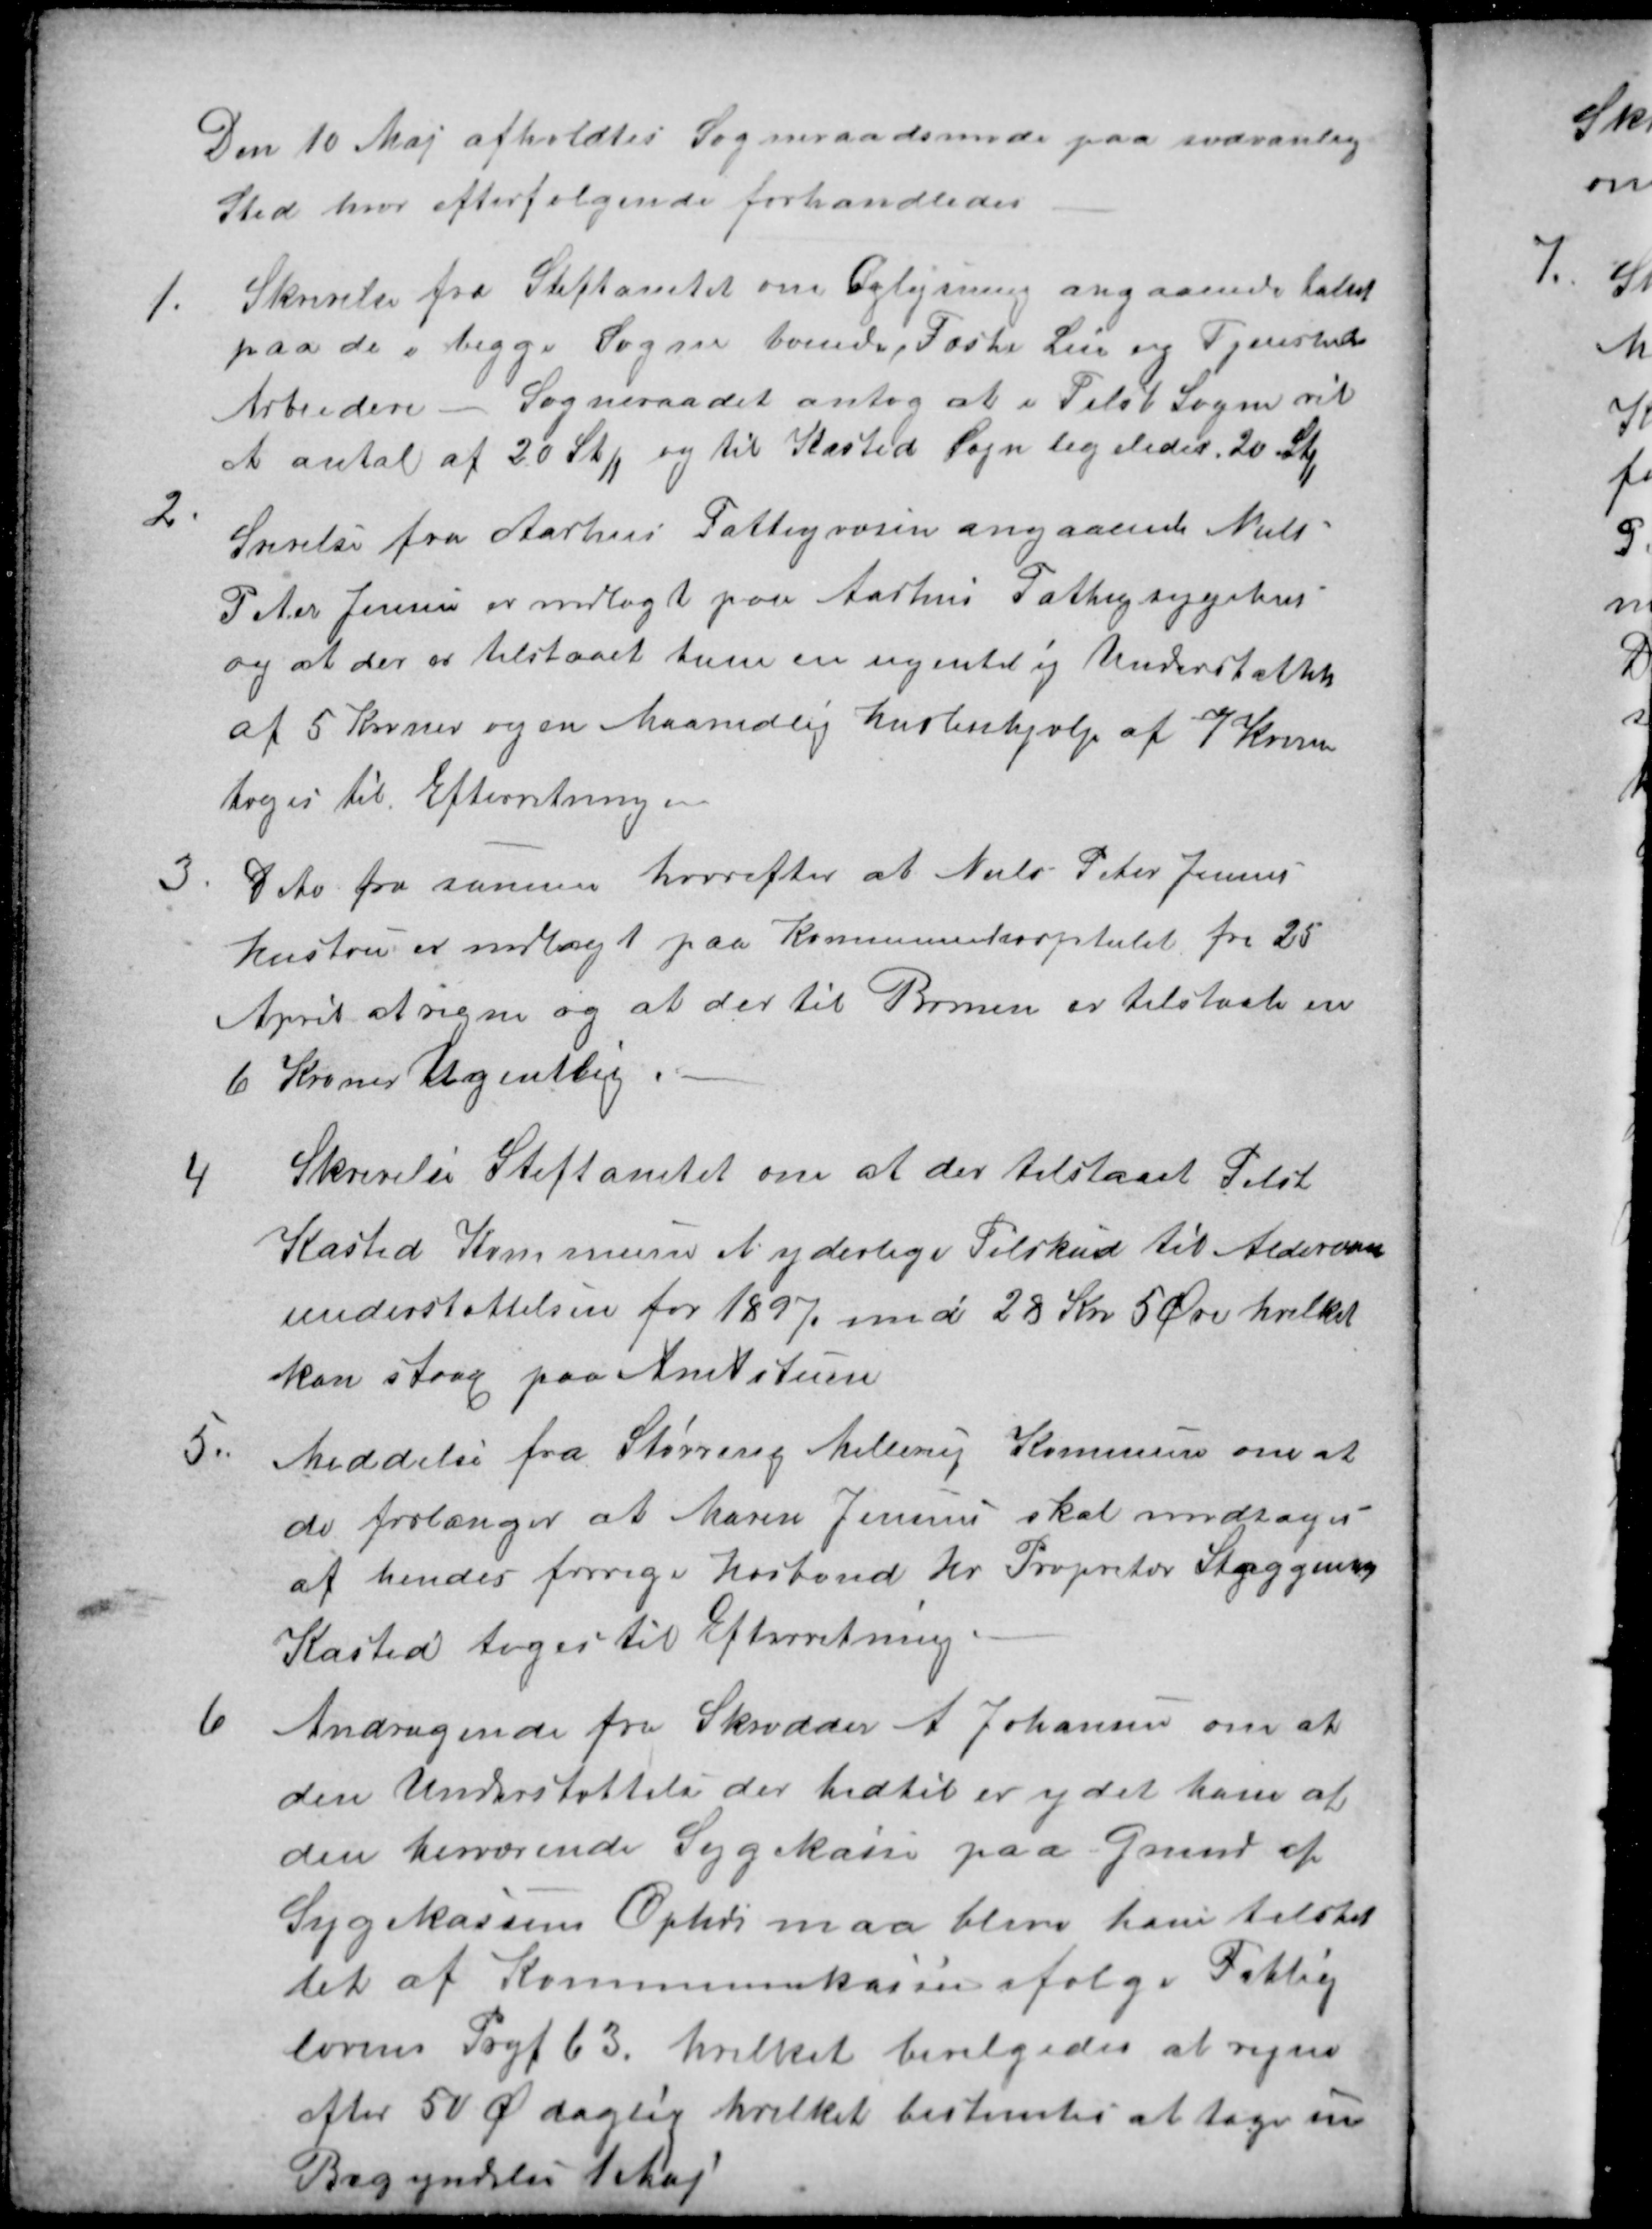
Transskription:
Den 10 Maj afholdtes Sogneraadsmøde paa sædvanlig
Sted hvor efterfølgende forhandledes
1.
Skrivelse fra Stiftamtet om Oplysning angaaende tallet
paa de i begge Sogne boende, Faste Leie og Tjenende
Arbeidere - Sogneraadet antog at i Tilst Sogn vil
et antal af 20 Stk og til Kasted Sogn ligeledes 20 Stk
2
Srivelse fra Aarhus Fattigvæsen angaaende Niels
Peter Jensen er indlagt paa Aarhus Fattigsygehus
og at der er tilstaaet ham en ugentlig Understøttelse
af 5 Kroner og en Maanedlig Husleiehjælp af 7 Kroner
toges til Efterretning.
3.
Dito fra samme hvorefter at Niels Peter Jensens
Hustru er indlagt paa Kommunekorpitalet fra 25
April at regne og at der til Børnen er tilstaaes en
6 Kroner Ugentlig
4
Skrivelse Stiftamtet om at der tilstaaet Tilst
Kasted Kommune et yderlige Tilskud til Aldersun
understøttelsen for 1897 med 28 Kr 5 Øre hvilket
kan staag paa Amtstuen
5.
Meddelse fra Støvring Mellerup Kommune om at
de forlanger at Maren Jensen skal modtages
af hendes forrige Husbond Hr Propritær Staggemey
Kasted toges til Efterretning.
6
Andragende fra Skrædder A Johansen om at
den Understøttelse der hidtil er ydet ham af
den herværende Sygekasse paa Grund af
Sygekassens Ophør maa blive ham tilstil-
let af Kommunekassen ifølge Fattig
lovens Prgf 63. hvilket bevilgedes at regne
efter 50 Ø daglig hvilket bestemtes at tage sin
Begyndelse 1 Maj